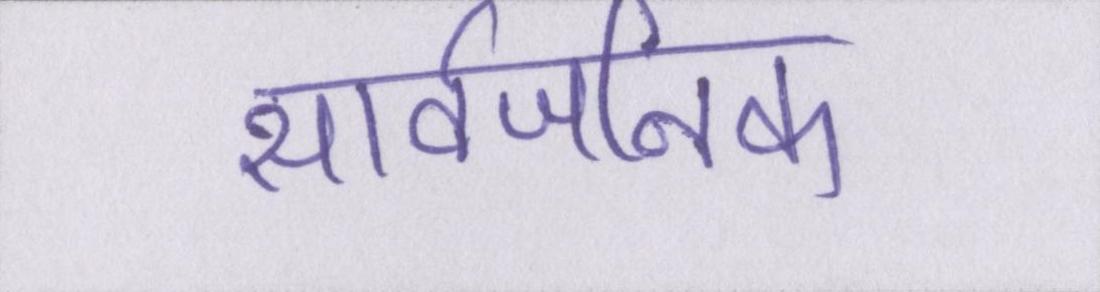
सार्वजनिक